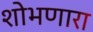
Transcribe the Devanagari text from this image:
शोभणारा